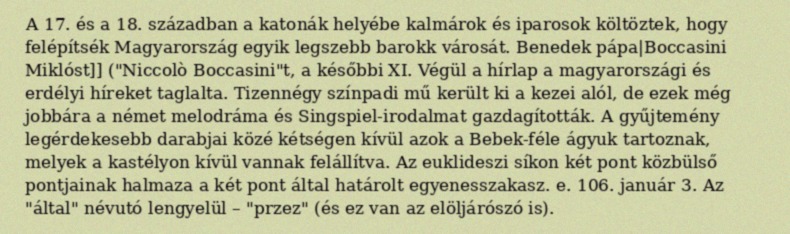
A 17. és a 18. században a katonák helyébe kalmárok és iparosok költöztek, hogy felépítsék Magyarország egyik legszebb barokk városát. Benedek pápa|Boccasini Miklóst]] ("Niccolò Boccasini"t, a későbbi XI. Végül a hírlap a magyarországi és erdélyi híreket taglalta. Tizennégy színpadi mű került ki a kezei alól, de ezek még jobbára a német melodráma és Singspiel-irodalmat gazdagították. A gyűjtemény legérdekesebb darabjai közé kétségen kívül azok a Bebek-féle ágyuk tartoznak, melyek a kastélyon kívül vannak felállítva. Az euklideszi síkon két pont közbülső pontjainak halmaza a két pont által határolt egyenesszakasz. e. 106. január 3. Az "által" névutó lengyelül – "przez" (és ez van az elöljárószó is).